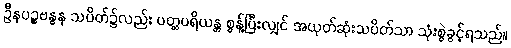
ဦနပဉ္စဗန္ဓန သပိတ်၌လည်း ပတ္တပရိယန္တ စွန့်ပြီးလျှင် အယုတ်ဆုံးသပိတ်သာ သုံးစွဲခွင့်ရသည်။